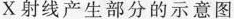
X射线产生部分的示意图